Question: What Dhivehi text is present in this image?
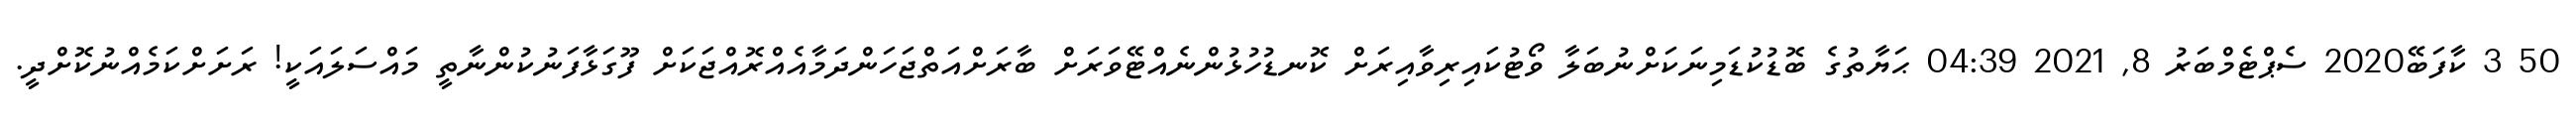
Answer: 50 3 ކާފަބޭ2020 ސެޕްޓެމްބަރު 8, 2021 04:39 ޙަޔާތުގެ ބޮޑުކުޑަމިނަކަށްނުބަލާ ވޯޓުކައިރިވާއިރަށް ކޮނޑުހުޅުންނެއްޓޭވަރަށް ބާރަށްއަތްޖަހަންދަމާއެއްރޮއްޖަކަށް ފޫގަޅާފަނުކުންނާތީ މައްސަލައަކީ! ރަށަށްކަމެއްނުކޮށްދީ.